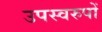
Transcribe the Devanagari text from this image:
उपस्वरुपों